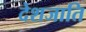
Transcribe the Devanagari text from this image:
देशजाति